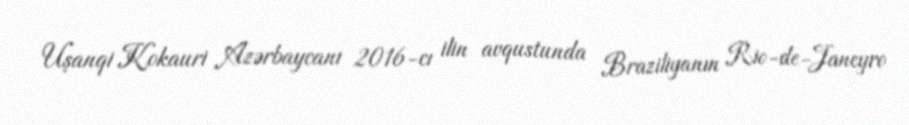
Uşanqi Kokauri Azərbaycanı 2016-cı ilin avqustunda Braziliyanın Rio-de-Janeyro